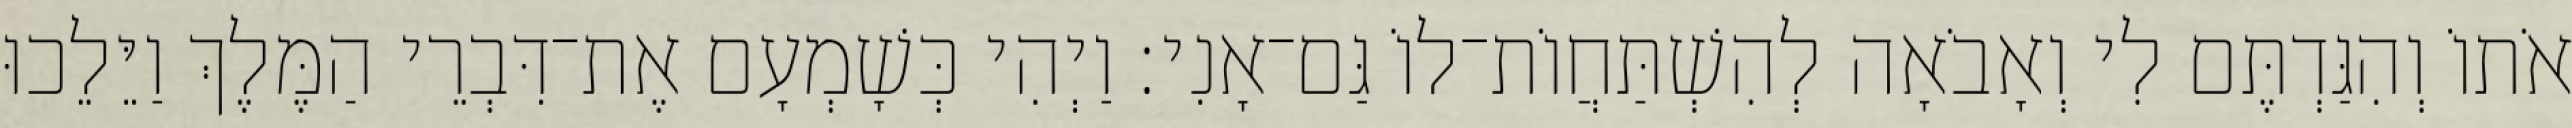
אֹתוֹ וְהִגַּדְתֶּם לִי וְאָבֹאָה לְהִשְׁתַּחֲוֹת־לוֹ גַּם־אָנִי׃ וַיְהִי כְּשָׁמְעָם אֶת־דִּבְרֵי הַמֶּלֶךְ וַיֵּלֵכוּ